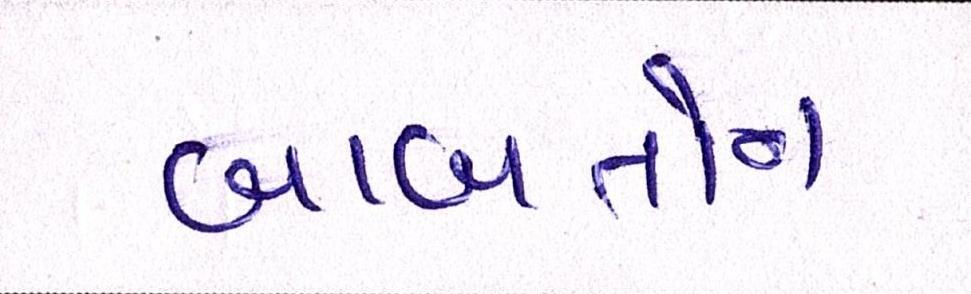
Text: બાબતોના